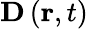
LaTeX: \mathbf{D}\left(\mathbf{r},t\right)